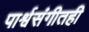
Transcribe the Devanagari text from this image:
पार्श्वसंगीतही